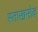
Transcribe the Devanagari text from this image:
स्ताखनोव